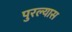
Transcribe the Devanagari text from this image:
पुरल्यास